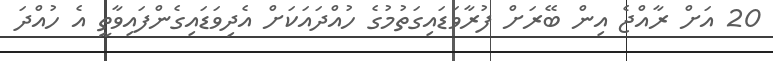
20 އަށް ރާއްޖެ އިން ބޭރަށް ފުރާވަޑައިގަތުމުގެ ހުއްދައަކަށް އެދިވަޑައިގެންފައިވާތީ އެ ހުއްދަ